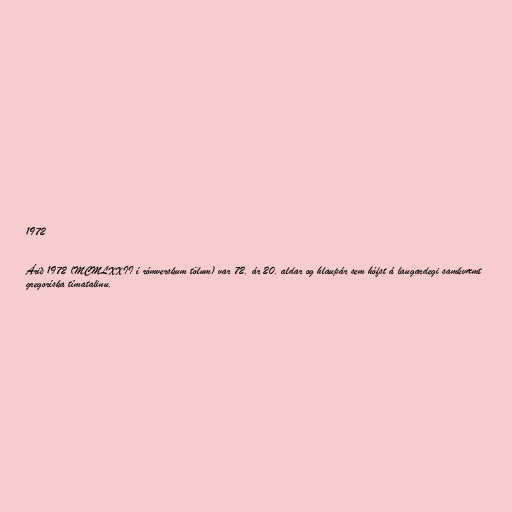
1972

Árið 1972 (MCMLXXII í rómverskum tölum) var 72. ár 20. aldar og hlaupár sem hófst á laugardegi samkvæmt
gregoríska tímatalinu.